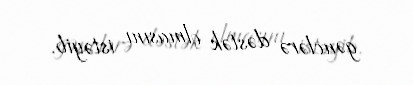
gənclərə dəstək olmasını istəyib.